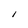
Character: I